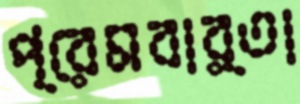
প্রেমবার্তা